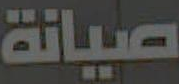
صيانة